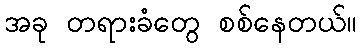
အခု တရားခံတွေ စစ်နေတယ်။